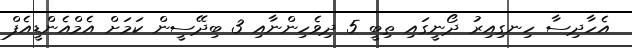
އެހާދިސާ ހިނގިއިރު ދޯނީގައި ތިބީ 5 ދިވެހިންނާއި 3 ބިދޭސީން ކަމަށް އެމްއެންޑީއެފް